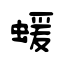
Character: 蝯